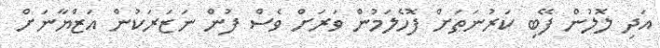
އަދި ލޮލުން ފޭބި ކަރުނަތަށް ފޮހެލަމުން ވަރަށް ވެސް ފުން ނަޒަރަކުން އަޒްޔާނަށް